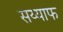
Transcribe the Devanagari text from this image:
सय्याफ